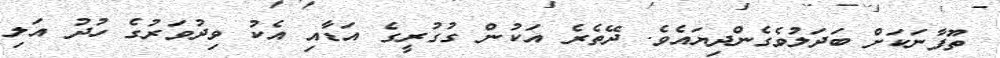
ތޫަފާނަކަށް ބަދަލުވެގެންދިޔައެވެ. ދޭތެރެ އަކުން ގުގުރީގެ އަޑާއި އެކު ވިދުވަރުގެ ހުދު އަލި